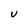
Character: U